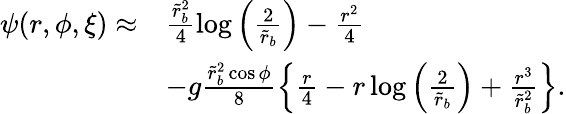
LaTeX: \begin{array}{rl}{\psi(r,\phi,\xi)\approx}&{\frac{\tilde{r}_{b}^{2}}{4}\log\left(\frac{2}{\tilde{r}_{b}}\right)-\frac{r^{2}}{4}}\\ &{-g\frac{\tilde{r}_{b}^{2}\cos\phi}{8}\left\{ \frac{r}{4}-r\log\left(\frac{2}{\tilde{r}_{b}}\right)+\frac{r^{3}}{\tilde{r}_{b}^{2}}\right\} .}\end{array}